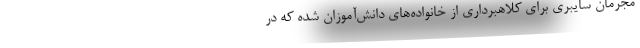
مجرمان سایبری برای کلاهبرداری از خانواده‌های دانش‌آموزان شده که در